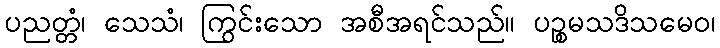
ပညတ္တံ၊ သေသံ၊ ကြွင်းသော အစီအရင်သည်။ ပဉ္စမသဒိသမေဝ၊